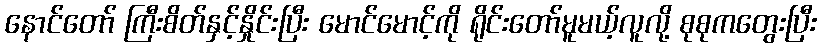
နောင်တော် ကြီးစိတ်နှင့်နှိုင်းပြီး မောင်မောင့်ကို ရိုင်းတော်မူမယ့်လူလို့ စုစုကတွေးပြီး